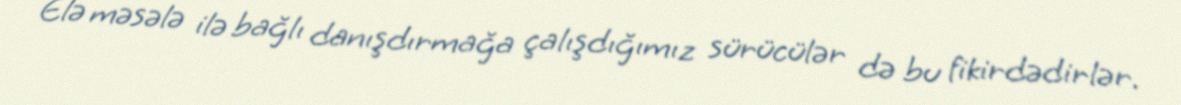
Elə məsələ ilə bağlı danışdırmağa çalışdığımız sürücülər də bu fikirdədirlər.